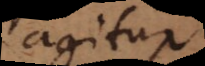
agitur